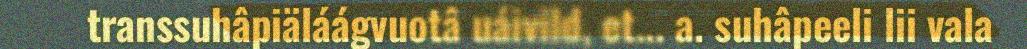
transsuhâpiäláágvuotâ uáivild, et... a. suhâpeeli lii vala